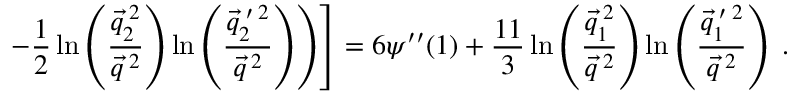
\left. \left. - \frac { 1 } { 2 } \ln \left( \frac { \vec { q } _ { 2 } ^ { \: 2 } } { \vec { q } ^ { \: 2 } } \right) \ln \left( \frac { \vec { q } _ { 2 } ^ { \: \prime \: 2 } } { \vec { q } ^ { \: 2 } } \right) \right) \right] = 6 \psi ^ { \prime \prime } ( 1 ) + \frac { 1 1 } { 3 } \ln \left( \frac { \vec { q } _ { 1 } ^ { \: 2 } } { \vec { q } ^ { \: 2 } } \right) \ln \left( \frac { \vec { q } _ { 1 } ^ { \: \prime \: 2 } } { \vec { q } ^ { \: 2 } } \right) \; .